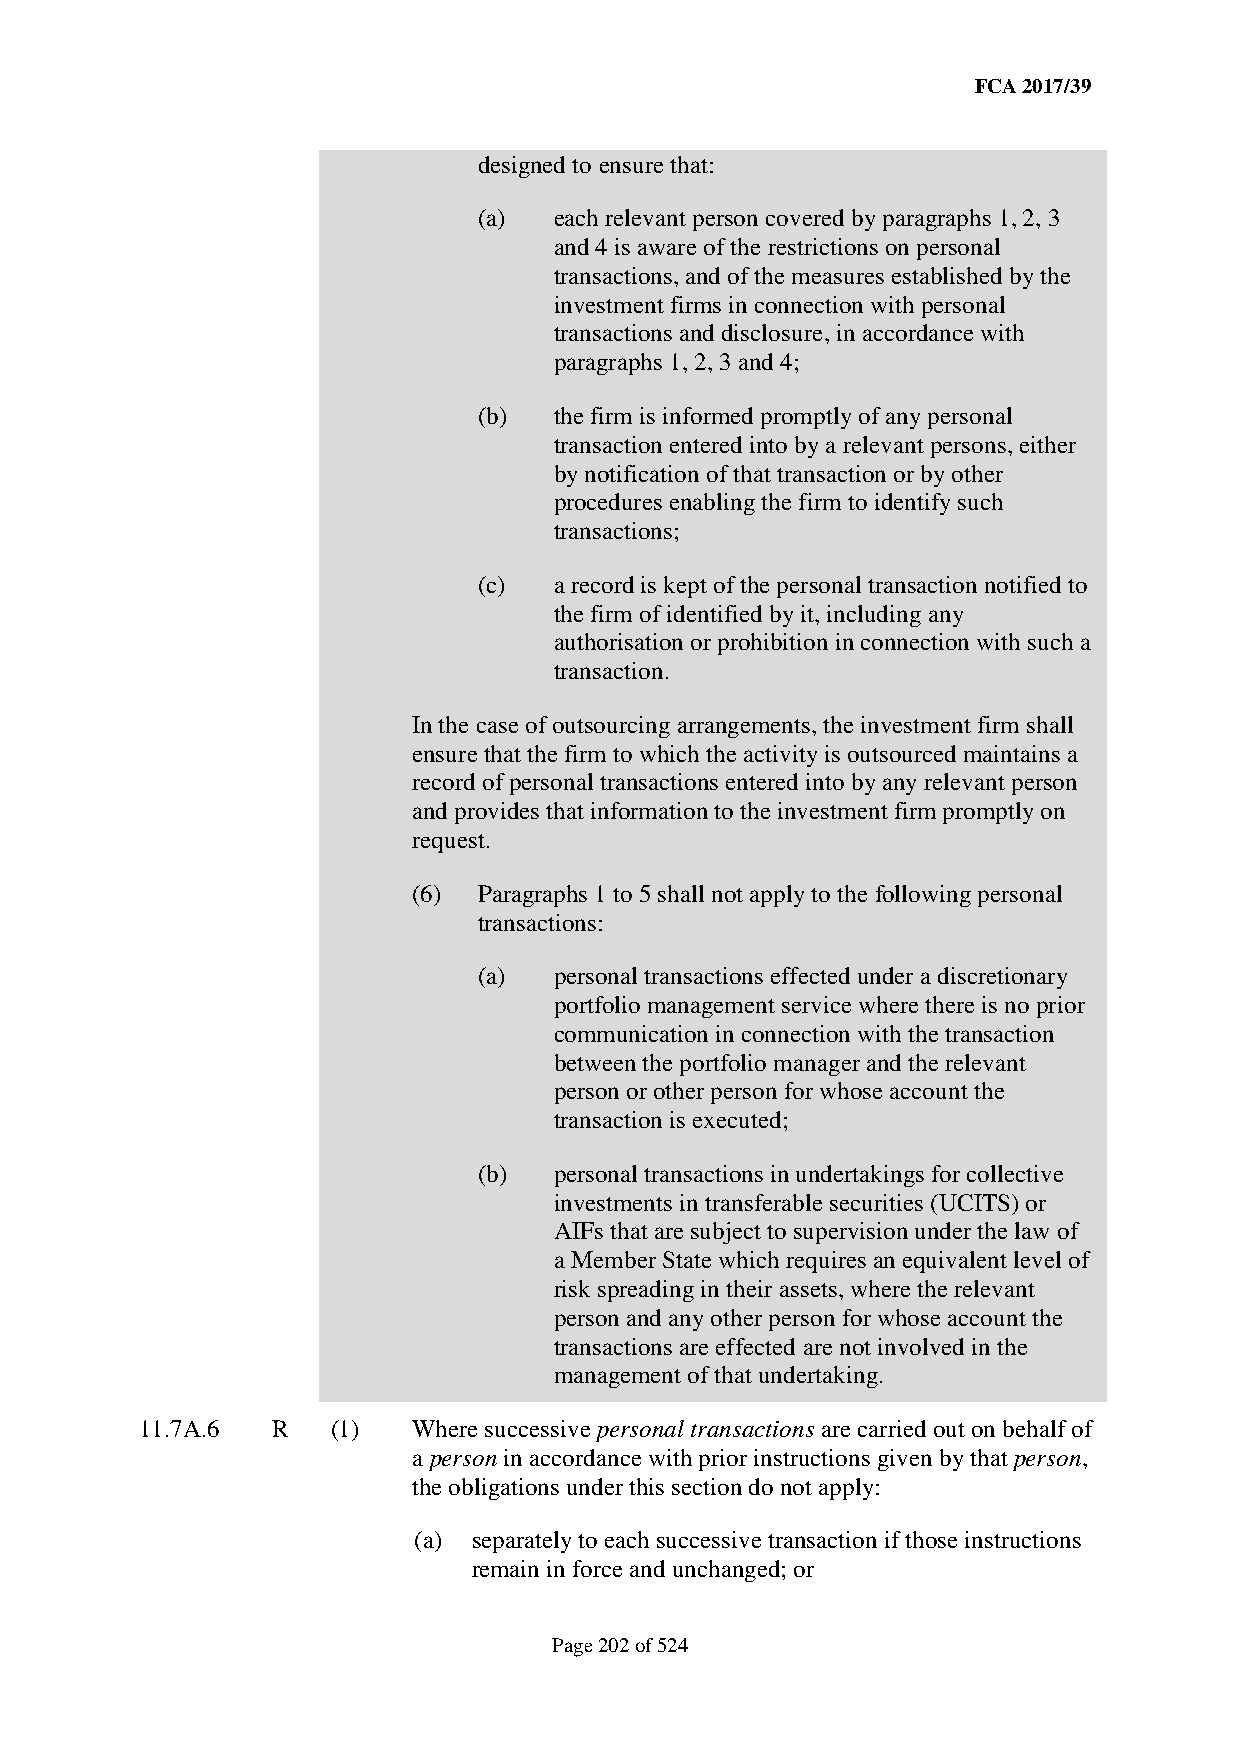
FCA 2017/39
 designed to ensure that:
 (a)  each relevant person covered by paragraphs 1, 2, 3
 and 4 is aware of the restrictions on personal
 transactions, and of the measures established by the
 investment firms in connection with personal
 transactions and disclosure, in accordance with
 paragraphs 1, 2, 3 and 4;
 (b)  the firm is informed promptly of any personal
 transaction entered into by a relevant persons, either
 by notification of that transaction or by other
 procedures enabling the firm to identify such
 transactions;
 (c)  a record is kept of the personal transaction notified to
 the firm of identified by it, including any
 authorisation or prohibition in connection with such a
 transaction.
 In the case of outsourcing arrangements, the investment firm shall
 ensure that the firm to which the activity is outsourced maintains a
 record of personal transactions entered into by any relevant person
 and provides that information to the investment firm promptly on
 request.
 (6)  Paragraphs 1 to 5 shall not apply to the following personal
 transactions:
 (a)  personal transactions effected under a discretionary
 portfolio management service where there is no prior
 communication in connection with the transaction
 between the portfolio manager and the relevant
 person or other person for whose account the
 transaction is executed;
 (b)  personal transactions in undertakings for collective
 investments in transferable securities (UCITS) or
 AIFs that are subject to supervision under the law of
 a Member State which requires an equivalent level of
 risk spreading in their assets, where the relevant
 person and any other person for whose account the
 transactions are effected are not involved in the
 management of that undertaking.
 11.7A.6  R   (1)  Where successive personal transactions are carried out on behalf of
 a person in accordance with prior instructions given by that person,
 the obligations under this section do not apply:
 (a) separately to each successive transaction if those instructions
 remain in force and unchanged; or
 Page 202 of 524